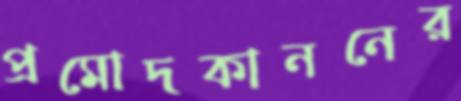
প্রমোদকাননের